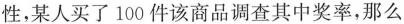
性，某人买了100件该商品调查其中奖率，那么